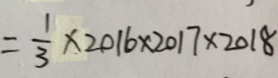
= \frac { 1 } { 3 } \times 2 0 1 6 \times 2 0 1 7 \times 2 0 1 8